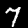
Digit: 7